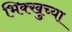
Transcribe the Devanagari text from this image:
भिक्खुच्या